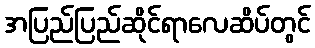
အပြည်ပြည်ဆိုင်ရာလေဆိပ်တွင်